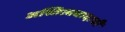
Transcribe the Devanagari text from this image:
अस्तित्ववादाची